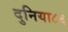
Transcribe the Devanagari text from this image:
दुनिया८६